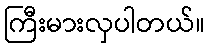
ကြီးမားလှပါတယ်။